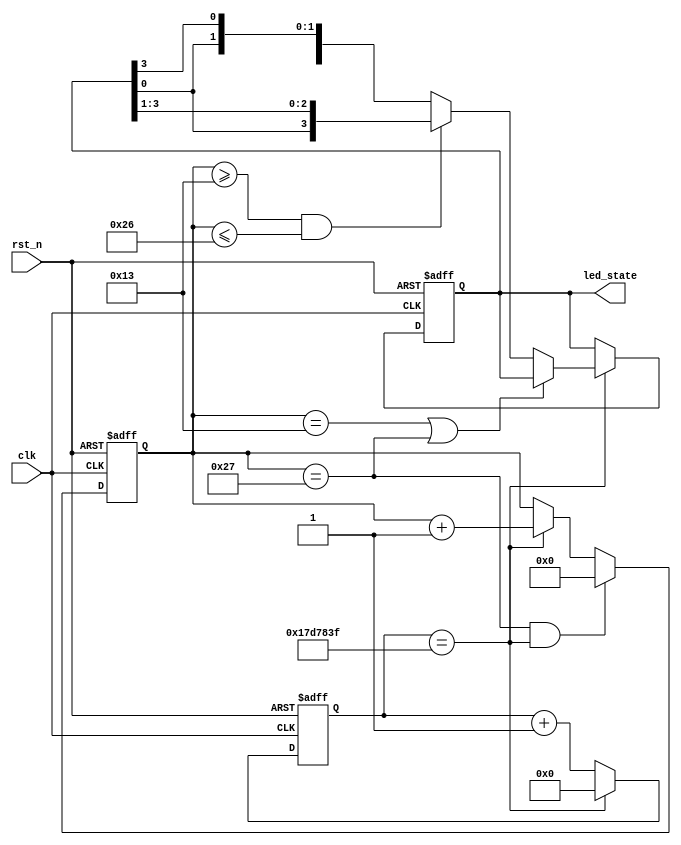
module TEST_EXTENSION
#(
	parameter max = 32'd24_999_999
)
(
	input clk,
	input rst_n,
	output reg [3:0] led_state
);

	reg [31:0] temp;
	always@(posedge clk or negedge rst_n) begin
		if(!rst_n) begin
			temp <= 32'd0;
		end else if(temp == max) begin
			temp <= 32'd0;
		end else begin
			temp <= temp + 32'd1;
		end
	end

	reg [5:0] flag;
	always @(posedge clk or negedge rst_n) begin
		if(~rst_n) begin
			flag <= 6'd0;
		end else if(flag == 6'd39 && temp == max) begin
			flag <= 6'd0;
		end else if(temp == max) begin
			flag <= flag + 6'd1;
		end else begin
			flag <= flag;
		end
	end

	always @(posedge clk or negedge rst_n) begin 
		if(~rst_n) begin
			led_state <= 4'b1110;
		end else if(temp == max) begin
			if(flag == 6'd19 || flag == 6'd39) begin
				led_state <= led_state;
			end else begin
				case(flag >= 6'd19 && flag <= 6'd38)
					1'd1: led_state <= {{led_state[0]},{led_state[3:1]}};
					default: led_state <= {{led_state[2:0]},{led_state[3]}};
				endcase
			end
		end else begin
			led_state <= led_state;
		end
	end



endmodule